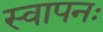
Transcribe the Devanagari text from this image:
स्वापनः